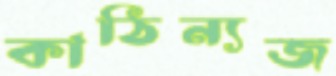
কাঠিন্যজ